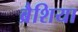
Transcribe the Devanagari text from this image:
ब्रैशिया